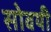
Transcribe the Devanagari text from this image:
सोवयी